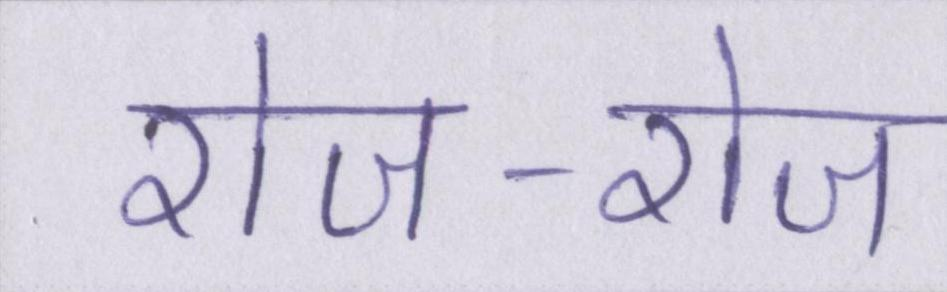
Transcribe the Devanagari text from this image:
रोज-रोज